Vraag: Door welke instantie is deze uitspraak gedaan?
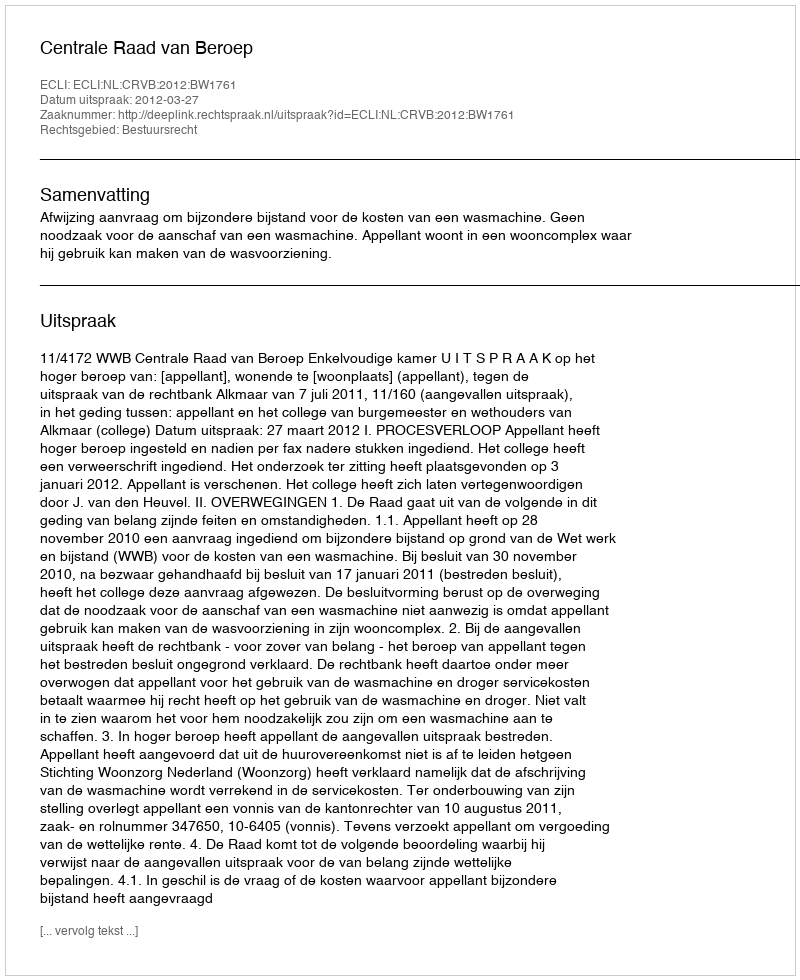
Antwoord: Centrale Raad van Beroep